Report on vaccination North-West Frontier Province 1904-1922 - 1904-1922
Year: 1904
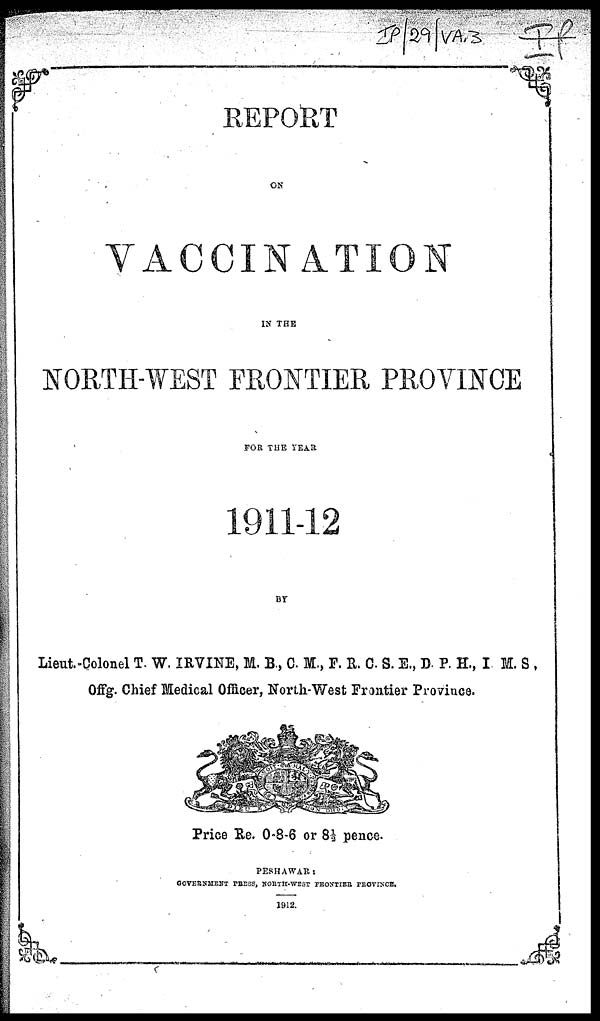
REPORT
ON
VACCINATION
IN THE
NORTH-WEST FRONTIER PROVINCE
FOR THE YEAR
1911-12
BY
Lieut.-Colonel T. W. IRVINE, M. B., C. M., F. R. C. S. E., D. P. H., I. M. S.,
Offg. Chief Medical Officer, North-West Frontier Province.
Price Re. 0-8-6 or 8½ pence.
PESHAWAR:
GOVERNMENT PRESS, NORTH-WEST FRONTIER PROVINCE.
1912.